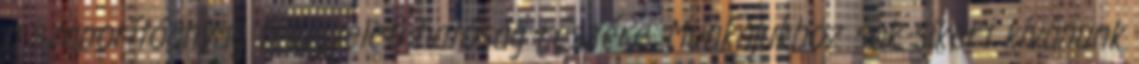
a szaporítóanyag felügyeleti hatóság részére. Munkájukhoz sok sikert kívánunk